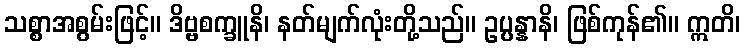
သစ္စာအစွမ်းဖြင့်။ ဒိဗ္ဗစက္ခူနိ၊ နတ်မျက်လုံးတို့သည်။ ဥပ္ပန္နာနိ၊ ဖြစ်ကုန်၏။ ဣတိ၊